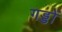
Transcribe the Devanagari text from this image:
गड्डों